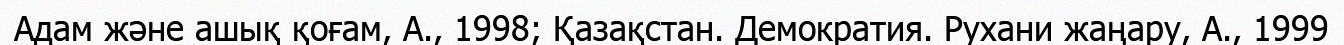
Адам және ашық қоғам, А., 1998; Қазақстан. Демократия. Рухани жаңару, А., 1999